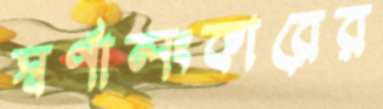
স্বর্ণালংকারের